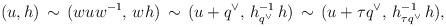
LaTeX: \begin{align*}(u,h)\,\sim\,(wuw^{-1},\, wh)\,\sim\,(u+q^\vee,\,h^{-1}_{q^\vee}\,h)\,\sim \,(u+\tau q^\vee,\, h^{-1}_{\tau q^\vee}\,h),\end{align*}